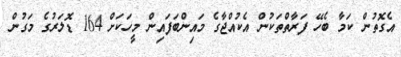
އެގޮތުން ކަމާ ބެހޭ ފަރާތްތަކުން އެކުއްޖާގެ މައިންބަފައިން މީހަކަށް 164 ޑޮލަރުގެ މަގުން